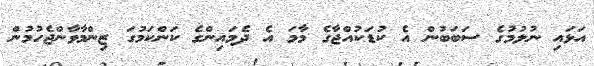
އަޅައި ނުލުމުގެ ސަބަބުން އެ ކުޑަކުއްޖާގެ މާމަ އެ ދެމައިންގެ ކަންކަމުގަ ޒިންމާވާންޖެހުމުން